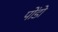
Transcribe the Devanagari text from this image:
पोंडो